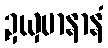
ဍယှမာနာနံ